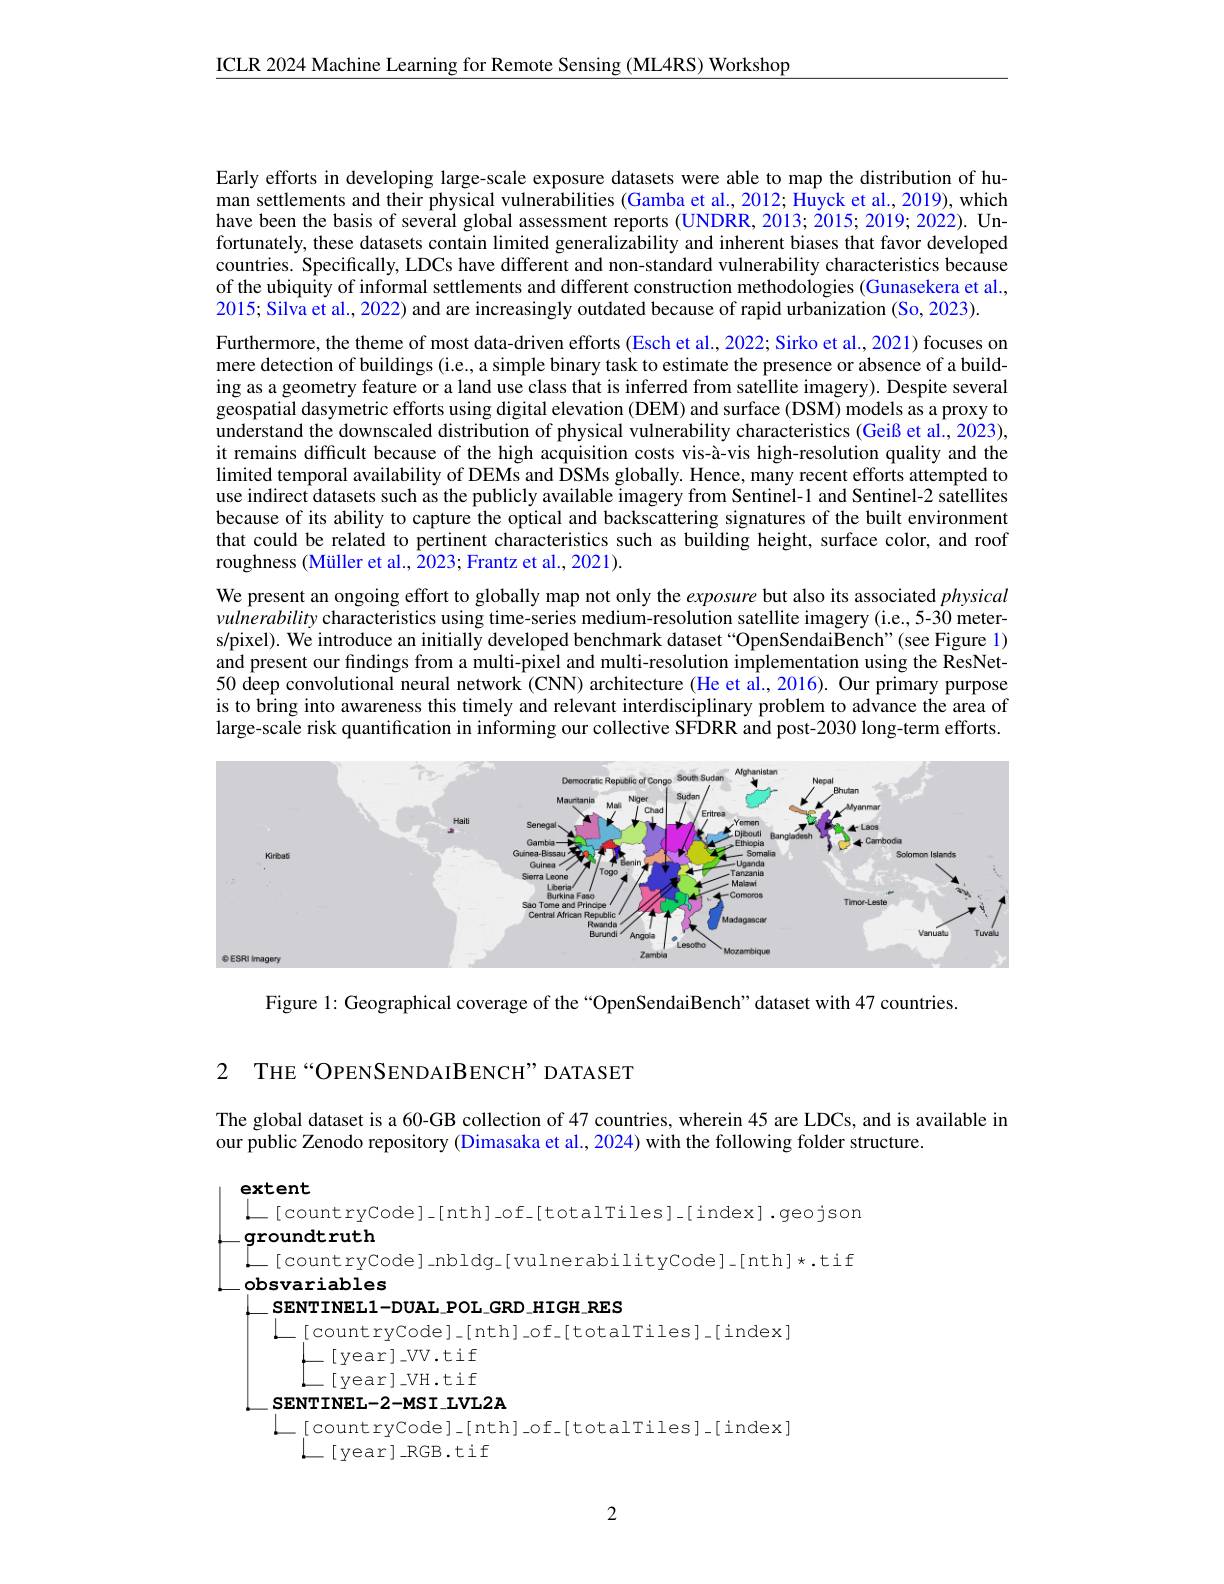
ICLR 2024 Machine Learning for Remote Sensing (ML4RS) Workshop

Early efforts in developing large-scale exposure datasets were able to map the distribution of human settlements and their physical vulnerabilities (Gamba et al, 2012; Huyck et al., 2019), which have been the basis of several global assessment reports (UNDRR, 2013; Ž015; 2019; 2022). Unfortunately, these datasets contain limited generalizability and inherent biases that favor developed countries. Specifically, LDCs have different and non-standard vulnerability characteristics because of the ubiquity of informal settlements and different construction methodologies (Gunasekera et al., 2015; Silva et al., 2022) and are increasingly outdated because of rapid urbanization (So, 2023).
Furthermore, the theme of most data-driven efforts (Esch et al., 2022; Sirko et al., 2021) focuses on mere detection of buildings (i.e., a simple binary task to estimate the presence or absence of a building as a geometry feature or a land use class that is inferred from satellite imagery). Despite several geospatial dasymetric efforts using digital elevation (DEM) and surface (DSM) models as a proxy to understand the downscaled distribution of physical vulnerability characteristics (Geiß et al., 2023), it remains difficult because of the high acquisition costs vis-à-vis high-resolution quality and the limited temporal availability of DEMs and DSMs globally. Hence, many recent efforts attempted to use indirect datasets such as the publicly available imagery from Sentinel-1 and Sentinel-2 satellites because of its ability to capture the optical and backscattering signatures of the built environment that could be related to pertinent characteristics such as building height, surface color, and roof roughness (Müller et al., $\hat{2}0$23; Frantz et al., 2021).
We present an ongoing effort to globally map not only the exposure but also its associated physical vulnerability characteristics using time-series medium-resolution satellite imagery (i.e.,5-30 meters/pixel). We introduce an initially developed benchmark dataset“OpenSendaiBench”(see Figure 1) and present our findings from a multi-pixel and multi-resolution implementation using the ResNet- 50 deep convolutional neural network (CNN) architecture (He et al., 2016). Our primary purpose is to bring into awareness this timely and relevant interdisciplinary problem to advance the area of large-scale risk quantification in informing our collective SFDRR and post-2030 long-term efforts.

<FigureHere>

Figure 1: Geographical coverage of the “OpenSendaiBench” dataset with 47 countries.

2 THE “OPENSENDAIBENCH”DATASET

The global dataset is a 60-GB collection of 47 countries, wherein 45 are LDCs, and is available in

our public Zenodo repository (Dimasaka et al., 2024) with the following folder structure.
extent
$\underline{L}$ [countryCode]\_[nth]\_of\_[totalTiles]-[index].geojson
groundtruth
.[ count ryCode] nbldg-[ vulnerabilityCode]-[ nth]*.tif
obsvariables
SENTINEL1-DUAL\_POL\_GRD\_HIGH\_RES
$\underline{L}[$countryCode]-[ nth]\_of\_[totalTiles]\_[index]
-[year]-VV.tif $L_{[\mathrm{~year~}]}_{\mathrm{~VH.tif}}$
$SENTINEL-2-MSI_{-}IVL2A$
[countrycode]-[ nth]\_of\_[ totalTiles]\_[ index]
$L[$year$]\_$RGB.tif

2